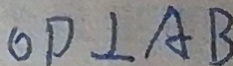
O P \bot A B